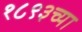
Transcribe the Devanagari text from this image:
१८९३च्या